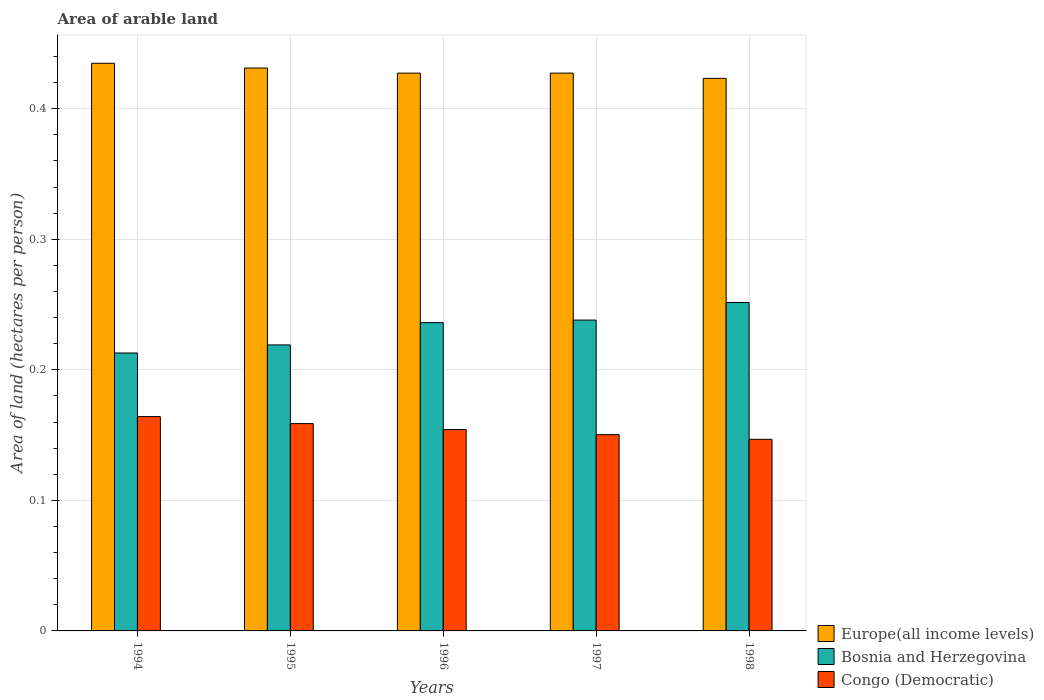
| Years | Europe(all income levels) | Bosnia and Herzegovina | Congo (Democratic) |
 | --- | --- | --- | --- |
 | 1994 | 0.435 | 0.213 | 0.164 |
 | 1995 | 0.431 | 0.219 | 0.159 |
 | 1996 | 0.427 | 0.236 | 0.154 |
 | 1997 | 0.427 | 0.238 | 0.15 |
 | 1998 | 0.423 | 0.252 | 0.147 |